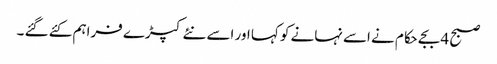
صبح 4 بجے حکام نے اسے نہانے کو کہا اور اسے نئے کپڑے فراہم کئے گئے ۔